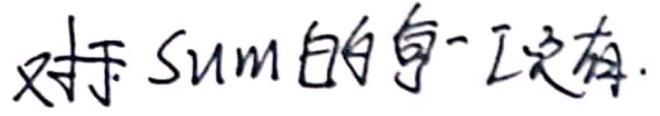
对于Sum的每一项有.